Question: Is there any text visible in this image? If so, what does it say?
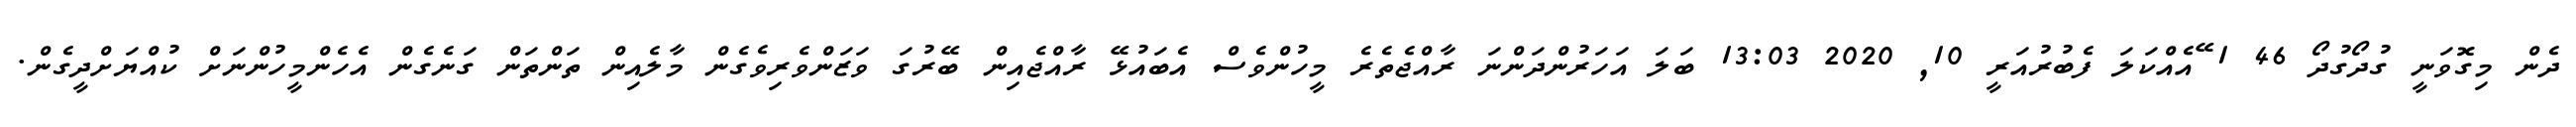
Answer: ދެން މިގޮވަނީ ގުދޯގުދޯ 46 1 ޭއެއްކަލަ ފެބުރުއަރީ 10, 2020 13:03 ބަލަ އަހަރުންދަންނަ ރާއްޖެތެރެ މީހުންވެސް އެބައުޅޭ ރާއްޖެއިން ބޭރުގަ ވަޒަންވެރިވެގެން މާލެއިން ތަންތަން ގަނެގެން އެހެންމީހުންނަށް ކުއްޔަށްދީގެން.